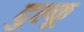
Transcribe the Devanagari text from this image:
दुल्कू